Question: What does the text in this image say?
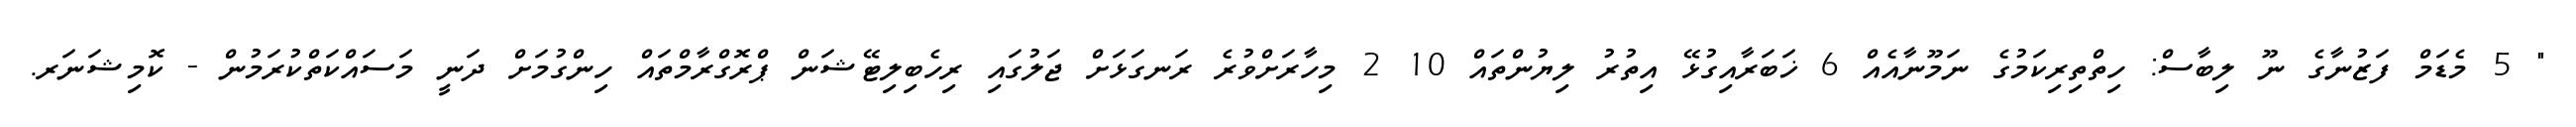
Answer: " 5 މެޑަމް ފަޒުނާގެ ނޫ ލިބާސް: ހިތްތިރިކަމުގެ ނަމޫނާއެއް 6 ޚަބަރާއިގުޅޭ އިތުރު ލިޔުންތައް 10 2 މިހާރަށްވުރެ ރަނގަޅަށް ޖަލުގައި ރިހެބިލިޓޭޝަން ޕްރޮގްރާމްތައް ހިންގުމަށް ދަނީ މަސައްކަތްކުރަމުން - ކޮމިޝަނަރ.